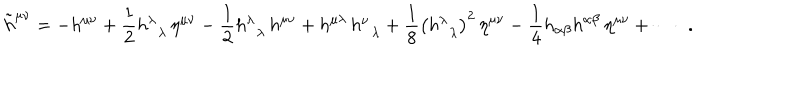
\tilde { h } ^ { \mu \nu } = - h ^ { \mu \nu } + \frac 1 2 h _ { \; \; \lambda } ^ { \lambda } \, \eta ^ { \mu \nu } - \frac 1 2 h _ { \; \; \lambda } ^ { \lambda } \, h ^ { \mu \nu } + h ^ { \mu \lambda } \, h _ { \; \; \lambda } ^ { \nu } + \frac 1 8 \left( h _ { \; \; \lambda } ^ { \lambda } \right) ^ { 2 } \, \eta ^ { \mu \nu } - \frac 1 4 h _ { \alpha \beta } h ^ { \alpha \beta } \, \eta ^ { \mu \nu } + \cdots \; \; .